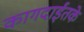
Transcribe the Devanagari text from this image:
कागदाईतके